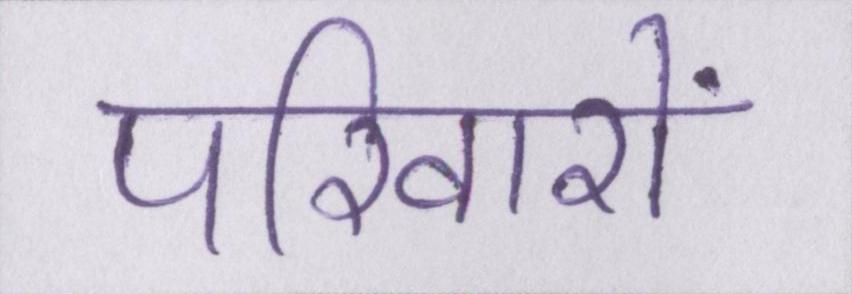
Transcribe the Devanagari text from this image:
परिवारों